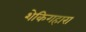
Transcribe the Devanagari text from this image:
शेकिगहारा